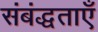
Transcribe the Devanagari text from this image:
संबंद्धताएँ